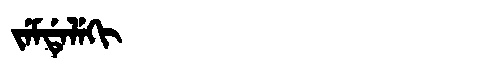
Manchu: ᠵᡝᠮᡩᡝᠯᡝᡴᡳ
Romanization: JEMDELEKI